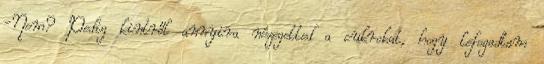
-Nem? Pedig kintről annyira nézegetted a cukrokat, hogy lefogadtam